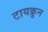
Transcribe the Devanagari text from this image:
टायक्रुन